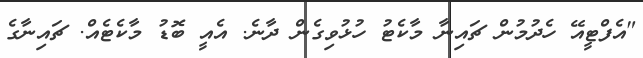
"އެފްޓީއޭ ހެދުމުން ޗައިނާ މާކެޓު ހުޅުވިގެން ދާނެ. އެއީ ބޮޑު މާކެޓެއް. ޗައިނާގެ